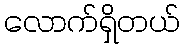
လောက်ရှိတယ်